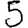
Digit: 5